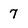
Character: 7